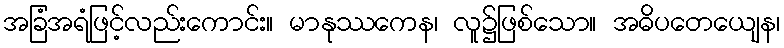
အခြံအရံဖြင့်လည်းကောင်း။ မာနုဿကေန၊ လူ၌ဖြစ်သော။ အဓိပတေယျေန၊